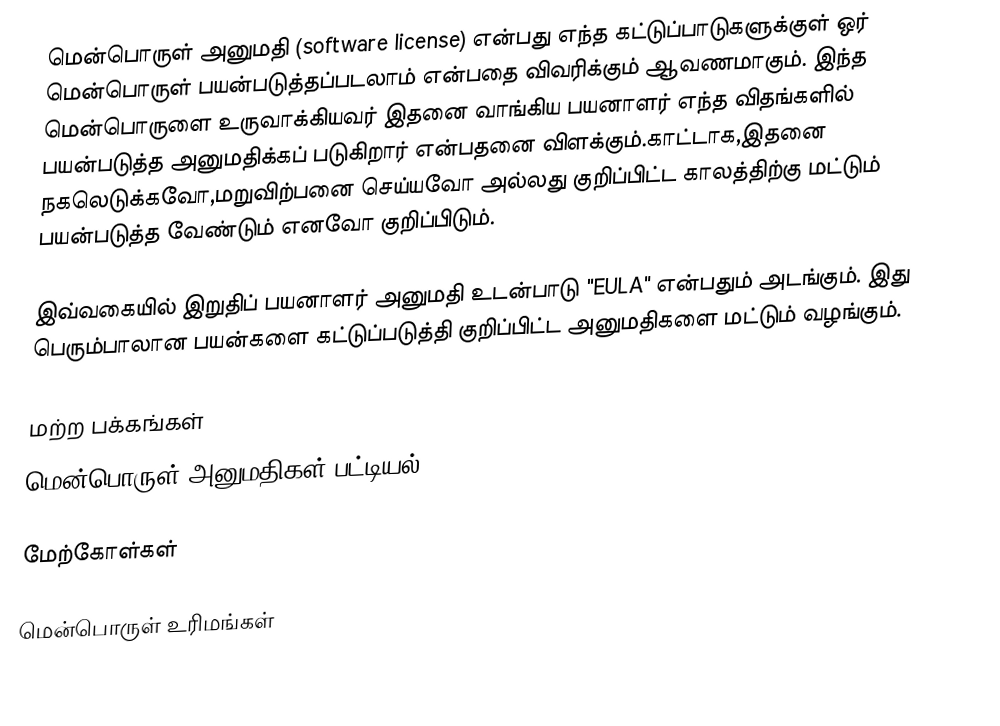
மென்பொருள் அனுமதி (software license) என்பது எந்த கட்டுப்பாடுகளுக்குள் ஒர் மென்பொருள் பயன்படுத்தப்படலாம் என்பதை விவரிக்கும் ஆவணமாகும். இந்த மென்பொருளை உருவாக்கியவர் இதனை வாங்கிய பயனாளர் எந்த விதங்களில் பயன்படுத்த அனுமதிக்கப் படுகிறார் என்பதனை விளக்கும்.காட்டாக,இதனை நகலெடுக்கவோ,மறுவிற்பனை செய்யவோ அல்லது குறிப்பிட்ட காலத்திற்கு மட்டும் பயன்படுத்த வேண்டும் எனவோ குறிப்பிடும்.

இவ்வகையில் இறுதிப் பயனாளர் அனுமதி உடன்பாடு "EULA" என்பதும் அடங்கும். இது பெரும்பாலான பயன்களை கட்டுப்படுத்தி குறிப்பிட்ட அனுமதிகளை மட்டும் வழங்கும்.

மற்ற பக்கங்கள்
 மென்பொருள் அனுமதிகள் பட்டியல்

மேற்கோள்கள்

மென்பொருள் உரிமங்கள்